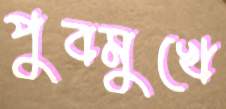
পুবমুখে